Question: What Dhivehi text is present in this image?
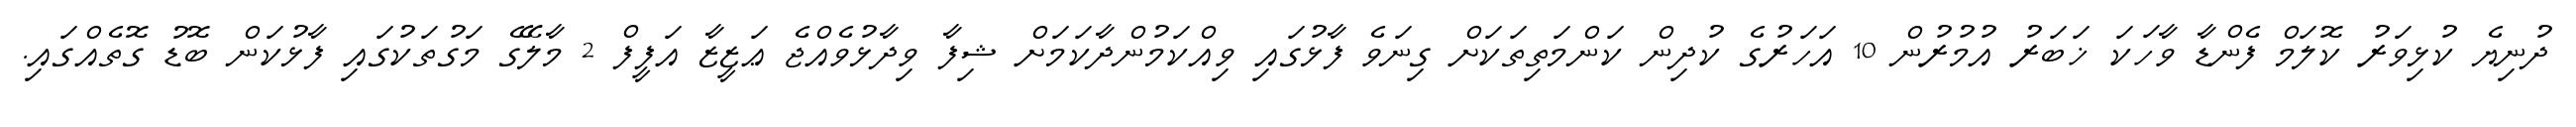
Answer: ދުނިޔެ ކުޅިވަރު ކޮލަމް ފެންޑާ ވާހަކަ ޚަބަރު އުމުރުން 10 އަހަރުގެ ކުދިން ކަންމަތިތަކަށް ގިނަވެ ފާޅުގައި ވިއްކަމުންދާކަމަށް ޝިފާ ވިދާޅުވެއްޖެ ޢަޒީޒާ އަފީފް 2 މާލޭގެ މަގުތަކުގައި ފާޅުކަން ބޮޑު ގޮތެއްގައި.